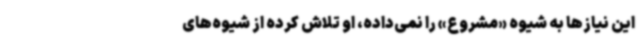
این نیازها به شیوه «مشروع» را نمی‌داده، او تلاش کرده از شیوه‌های